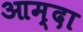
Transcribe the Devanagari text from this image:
आम्दा